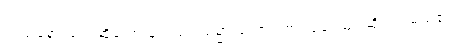
ဝဒမာနော၊ ပြောဆိုသောသူသည်။ သမ္မာ၊ ကောင်းစွာ။ ဝဒေယျ၊ ဆိုသည်မည်၏။